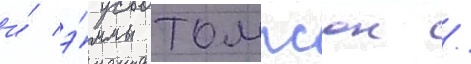
и́ э́ммы томпсон /